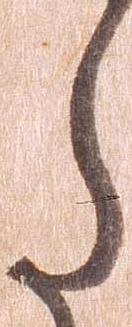
た